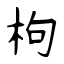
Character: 枸